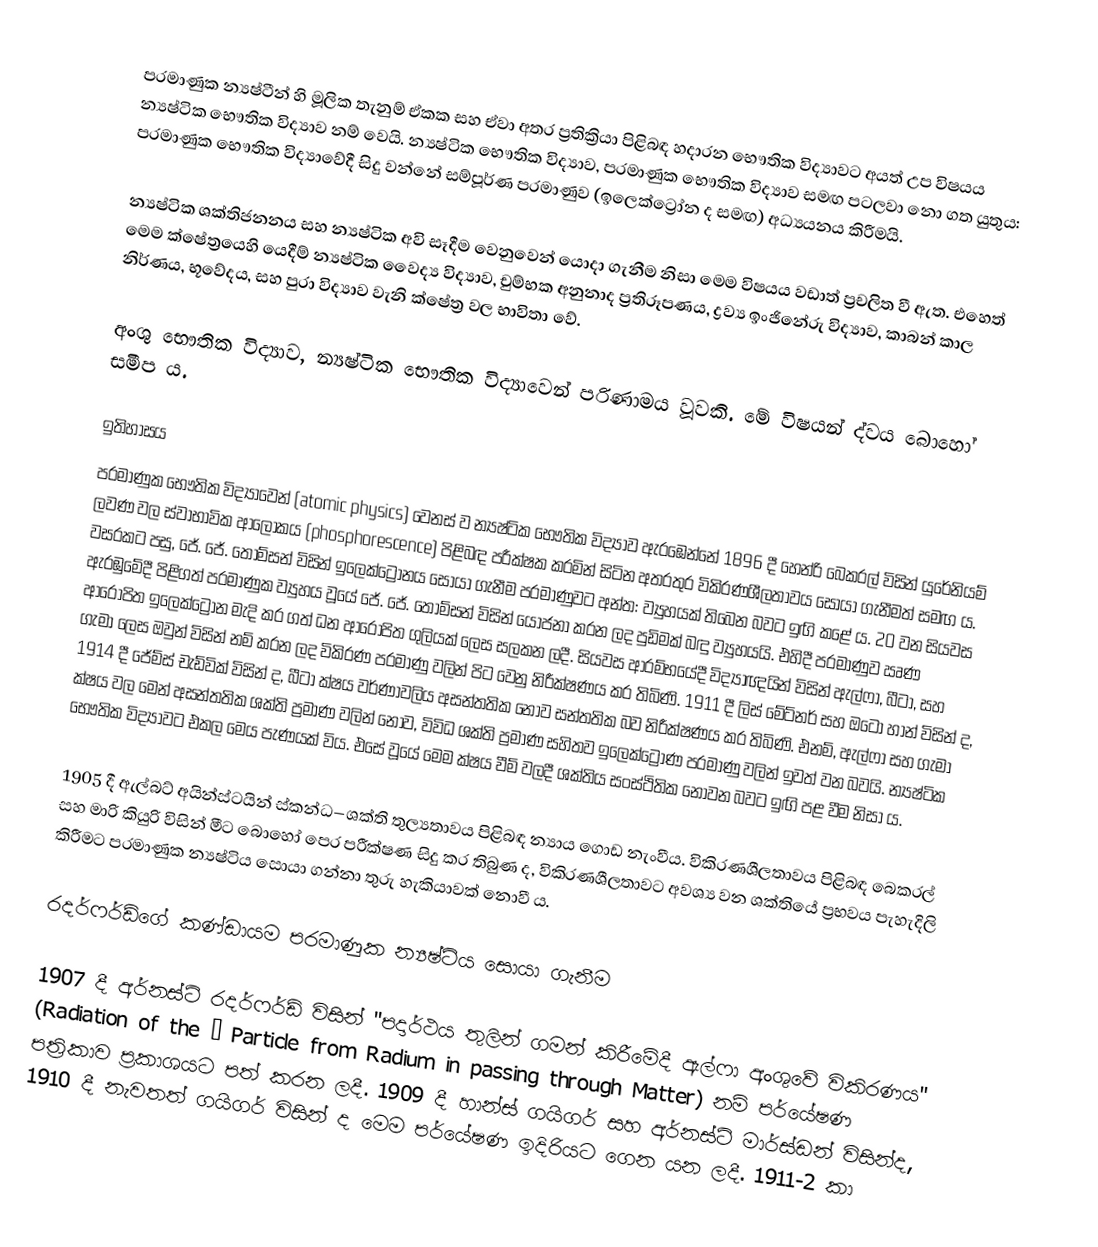
පරමාණුක න්‍යෂ්ටීන් හි මූලික තැනුම් ඒකක සහ ඒවා අතර ප්‍රතික්‍රියා පිළිබඳ හදාරන භෞතික විද්‍යාවට අයත් උප විෂයය න්‍යෂ්ටික භෞතික විද්‍යාව නම් වෙයි. න්‍යෂ්ටික භෞතික විද්‍යාව, පරමාණුක භෞතික විද්‍යාව සමඟ පටලවා නො ගත යුතුය: පරමාණුක භෞතික විද්‍යාවේදී සිදු වන්නේ සම්පූර්ණ පරමාණුව (ඉලෙක්ට්‍රෝන ද සමඟ) අධ්‍යයනය කිරීමයි.

න්‍යෂ්ටික ශක්තිජනනය සහ න්‍යෂ්ටික අවි සෑදීම වෙනුවෙන් යොදා ගැනීම නිසා මෙම විෂයය වඩාත් ප්‍රචලිත වී ඇත. එහෙත් මෙම ක්ෂේත්‍රයෙහි යෙදීම් න්‍යෂ්ටික වෛද්‍ය විද්‍යාව, චුම්භක අනුනාද ප්‍රතිරූපණය, ද්‍රව්‍ය ඉංජිනේරු විද්‍යාව, කාබන් කාල නිර්ණය, භූවේදය, සහ පුරා විද්‍යාව වැනි ‍ක්ෂේත්‍ර වල භාවිතා වේ.

අංශු භෞතික විද්‍යාව, න්‍යෂ්ටික භෞතික විද්‍යාවෙන් පරිණාමය වූවකි. මේ විෂයන් ද්වය බොහෝ සමීප ය.

ඉතිහාසය
පරමාණුක භෞතික විද්‍යාවෙන් (atomic physics) වෙනස් ව න්‍යෂ්ටික භෞතික විද්‍යාව ඇරඹෙන්නේ 1896 දී හෙන්රි බෙකරල් විසින් යුරේනියම් ලවණ වල ස්වාභාවික ආලෝකය (phosphorescence) පිළිබඳ පරීක්ෂක කරමින් සිටින අතරතුර විකිරණශීලතාවය සොයා ගැනීමත් සමඟ ය. වසරකට පසු, ජේ. ජේ. තොම්සන් විසින් ඉලෙක්ට්‍රෝනය සොයා ගැනීම පරමාණුවට අන්ත: ව්‍යුහයක් තිබෙන බවට ඉඟි කළේ ය. 20 වන සියවස ඇරඹුමේදී පිළිගත් පරමාණුක ව්‍යුහය වූයේ ජේ. ජේ. තොම්සන් විසින් යෝජනා කරන ලද පුඩිමක් බඳු ව්‍යුහයයි. එහිදී පරමාණුව ඍණ ආරෝපිත ඉලෙක්ට්‍රෝන මැදි කර ගත් ධන ආරෝපිත ගුලියක් ලෙස සලකන ලදී. සියවස ආරම්භයේදී විද්‍යාඥයින් විසින් ඇල්ෆා, බීටා, සහ ගැමා ලෙස ඔවුන් විසින් නම් කරන ලද විකිරණ පරමාණු වලින් පිට වෙනු නිරීක්ෂණය කර තිබිණි. 1911 දී ලිස් මේට්නර් සහ ඔටෝ හාන් විසින් ද, 1914 දී ජේම්ස් චැඩ්වික් විසින් ද, බීටා ක්ෂය වර්ණාවලිය අසන්තතික නොව සන්තතික බව නිරීක්ෂණය කර තිබිණි. එනම්, ඇල්ෆා සහ ගැමා ක්ෂය වල මෙන් අසන්තතික ශක්ති ප්‍රමාණ වලින් නොව, විවිධ ශක්ති ප්‍රමාණ සහිතව ඉලෙක්ට්‍රෝණ පරමාණු වලින් ඉවත් වන බවයි. න්‍යෂ්ටික භෞතික විද්‍යාවට එකල මෙය පැණයක් විය. එසේ වූයේ මෙම ක්ෂය වීම් වලදී ශක්තිය සංස්ථිතික නොවන බවට ඉඟි පළ වීම නිසා ය.

1905 දී ඇල්බට් අයින්ස්ටයින් ස්කන්ධ–ශක්ති තුල්‍යතාවය පිළිබඳ න්‍යාය ගොඩ නැංවීය. විකිරණශීලතාවය පිළිබඳ බෙකරල් සහ මාරි කියුරි විසින් මීට බොහෝ පෙර පරීක්ෂණ සිදු කර තිබුණ ද, විකිරණශීලතාවට අවශ්‍ය වන ශක්තියේ ප්‍රභවය පැහැදිලි කිරීමට පරමාණුක න්‍යෂ්ටිය සොයා ගන්නා තුරු හැකියාවක් නොවී ය.

රදර්ෆර්ඩ්ගේ කණ්ඩායම පරමාණුක න්‍යෂ්ටිය සොයා ගැනීම

1907 දී අර්නස්ට් රදර්ෆර්ඩ් විසින් "පදාර්ථය තුලින් ගමන් කිරීමේදී ඇල්ෆා අංශුවේ විකිරණය" (Radiation of the α Particle from Radium in passing through Matter) නම් පර්යේෂණ පත්‍රිකාව ප්‍රකාශයට පත් කරන ලදී. 1909 දී හාන්ස් ගයිගර් සහ අර්නස්ට් මාර්ස්ඩන් විසින්ද, 1910 දී නැවතත් ගයිගර් විසින් ද මෙම පර්යේෂණ ඉදිරියට ගෙන යන ලදී. 1911-2 කා